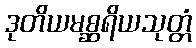
ဒုတိယမစ္ဆရိယသုတ္တံ